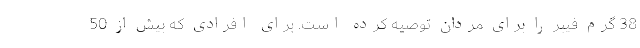
38 گرم فیبر را برای مردان توصیه کرده است. برای افرادی که بیش از 50